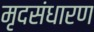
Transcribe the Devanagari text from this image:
मृदसंधारण